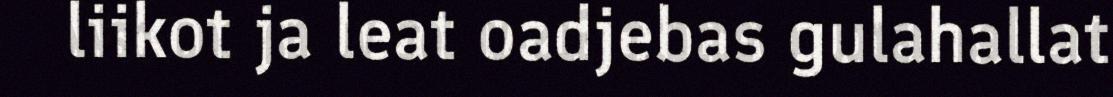
liikot ja leat oadjebas gulahallat